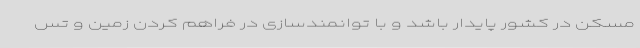
مسکن در کشور پایدار باشد و با توانمندسازی در فراهم کردن زمین و تس